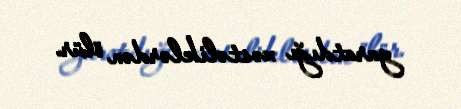
yaratdığı xəstəliklərdən ölür.